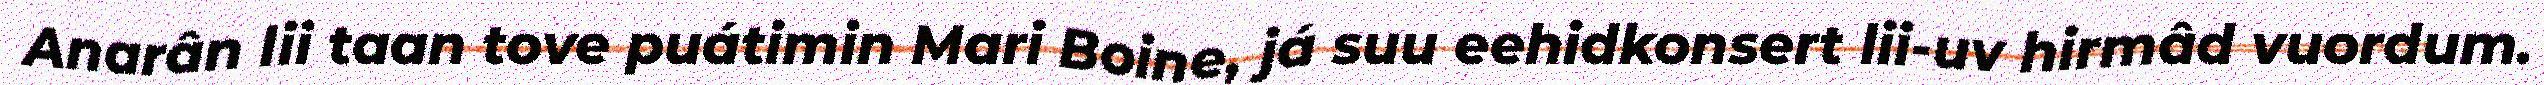
Anarân lii taan tove puátimin Mari Boine, já suu eehidkonsert lii-uv hirmâd vuordum.